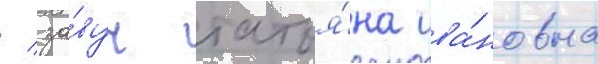
/ за́вуч татья́на ива́новна